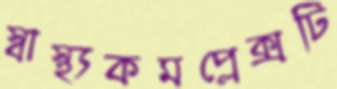
স্বাস্থ্যকমপ্লেক্সটি